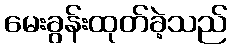
မေးခွန်းထုတ်ခဲ့သည်